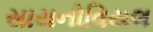
સાયનોવિયલ